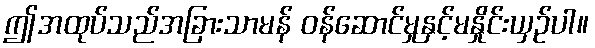
ဤအထုပ်သည်အခြားသာမန် ဝန်ဆောင်မှုနှင့်မနှိုင်းယှဉ်ပါ။